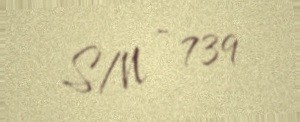
S/N - 739